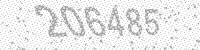
Solution: 206485